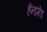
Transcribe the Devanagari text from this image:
हॅन्डमेड